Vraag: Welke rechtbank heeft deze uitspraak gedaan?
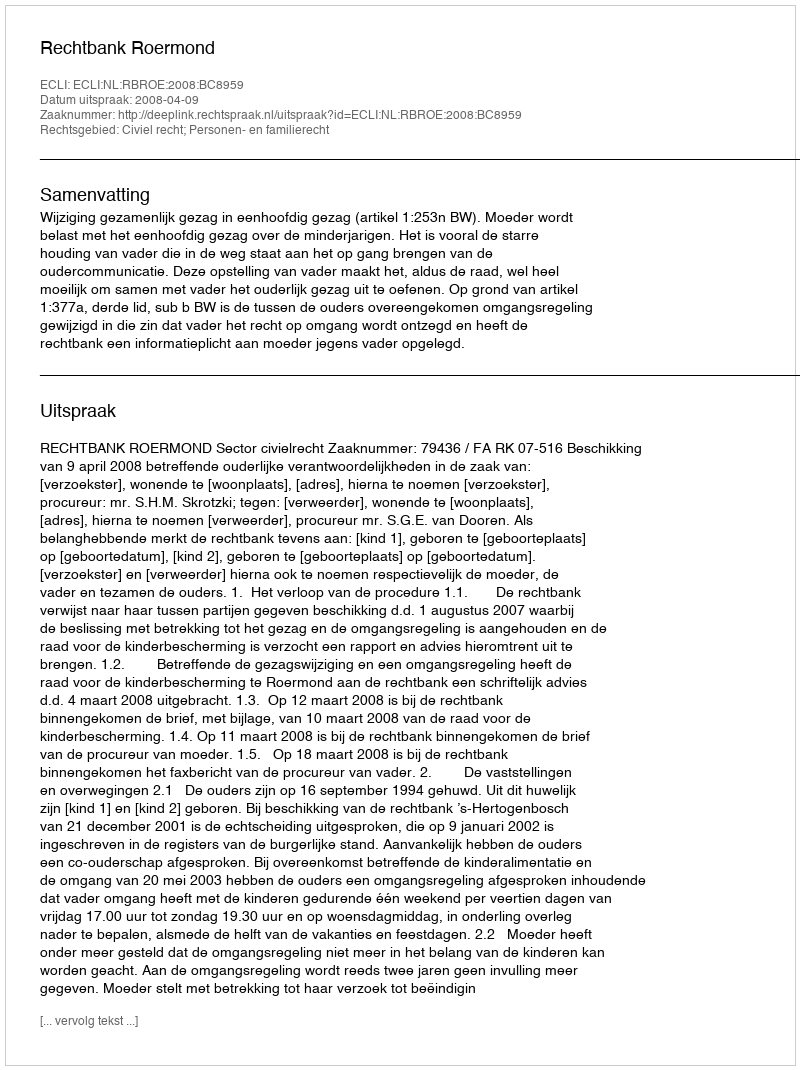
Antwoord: Rechtbank Roermond